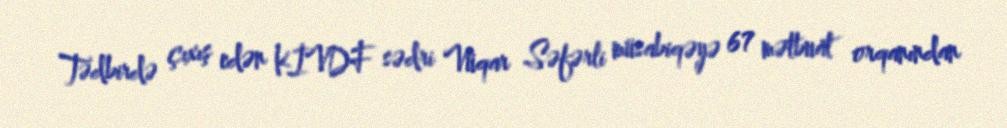
Tədbirdə çıxış edən KİVDF sədri Vüqar Səfərli müsabiqəyə 67 mətbuat orqanından